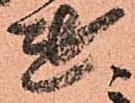
遣